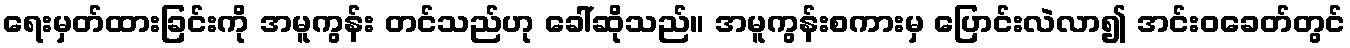
ရေးမှတ်ထားခြင်းကို အမူကွန်း တင်သည်ဟု ခေါ်ဆိုသည်။ အမူကွန်းစကားမှ ပြောင်းလဲလာ၍ အင်းဝခေတ်တွင်